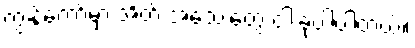
ကျွန်တော်မှာ အိတ် အသေးတွေ ငါးခုပါပါတယ်။